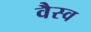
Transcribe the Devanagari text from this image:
वैस्‍व